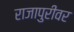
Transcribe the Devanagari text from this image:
राजापुरीवर